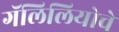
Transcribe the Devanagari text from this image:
गॅलिलियोचे